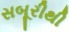
સબૂરીથી